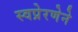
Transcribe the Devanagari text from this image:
स्वप्रेरणेने